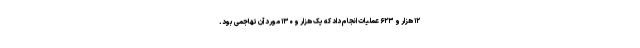
۱۲ هزار و ۶۲۳ عملیات انجام داد که یک هزار و ۱۳۰ مورد آن تهاجمی بود.